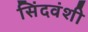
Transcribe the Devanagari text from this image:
सिंदवंशी